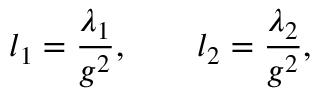
l _ { 1 } = { \frac { \lambda _ { 1 } } { g ^ { 2 } } } , \qquad l _ { 2 } = { \frac { \lambda _ { 2 } } { g ^ { 2 } } } ,